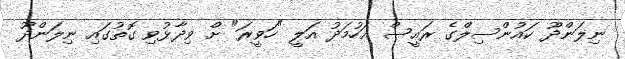
ނިލަންދޫ ކައުންސިލްގެ ރައީސް އަހުމަދު އަލީ "ހަވީރަ" ށް ވިދާޅުވި ގޮތުގައި ނިލަންދޫ